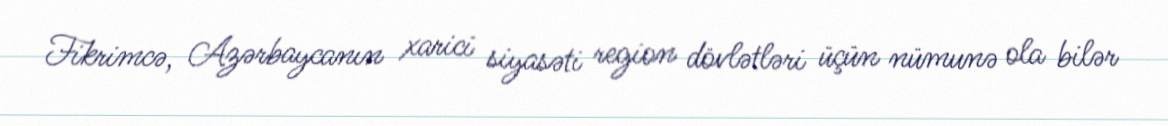
Fikrimcə, Azərbaycanın xarici siyasəti region dövlətləri üçün nümunə ola bilər